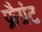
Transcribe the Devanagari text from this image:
फ्रैग्रंट